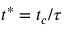
{ t ^ { * } } = { t _ { c } } / \tau